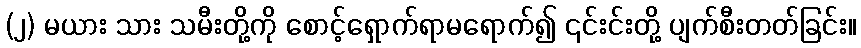
(၂) မယား သား သမီးတို့ကို စောင့်ရှောက်ရာမရောက်၍ ၎င်းင်းတို့ ပျက်စီးတတ်ခြင်း။